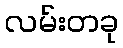
လမ်းတခု